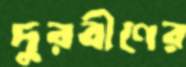
দুরবীণের